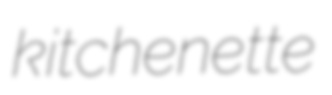
kitchenette